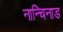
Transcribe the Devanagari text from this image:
नान्चिनाड